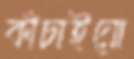
কাঁচাইয়ো